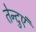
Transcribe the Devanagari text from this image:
तेन्दुएं